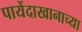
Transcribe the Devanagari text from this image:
पायेंदाखानाच्या